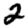
Digit: 2